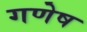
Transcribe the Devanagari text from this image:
गणेष